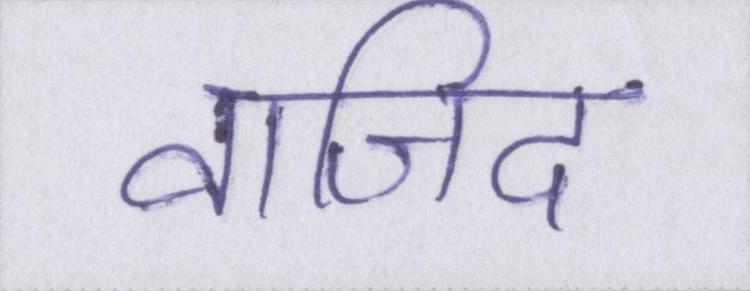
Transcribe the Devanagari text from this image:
वाजिद